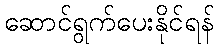
ဆောင်ရွက်ပေးနိုင်ရန်